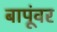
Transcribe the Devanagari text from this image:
बापूंवर